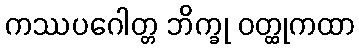
ကဿပဂေါတ္တ ဘိက္ခု ဝတ္ထုကထာ